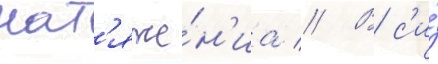
нат'яже́н'иа // В с'и́